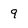
Character: 9